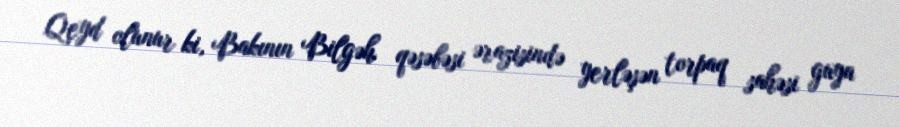
Qeyd olunur ki, Bakının Bilgəh qəsəbəsi ərazisində yerləşən torpaq sahəsi guya